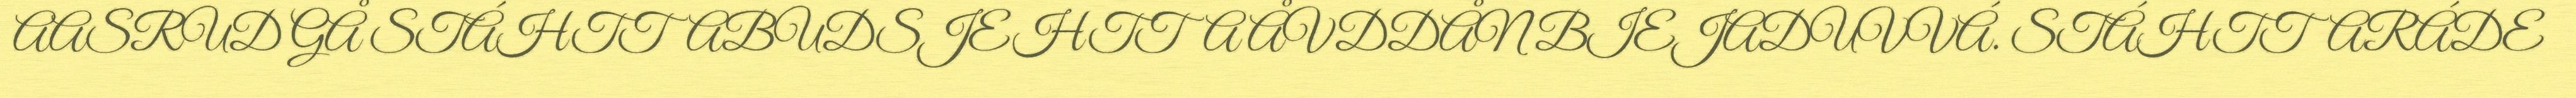
AASRUD GÅ STÁHTTABUDSJEHTTA ÅVDDÅN BIEJADUVVÁ. STÁHTTARÁDE